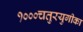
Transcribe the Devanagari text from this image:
१०००चतुरयुगीका